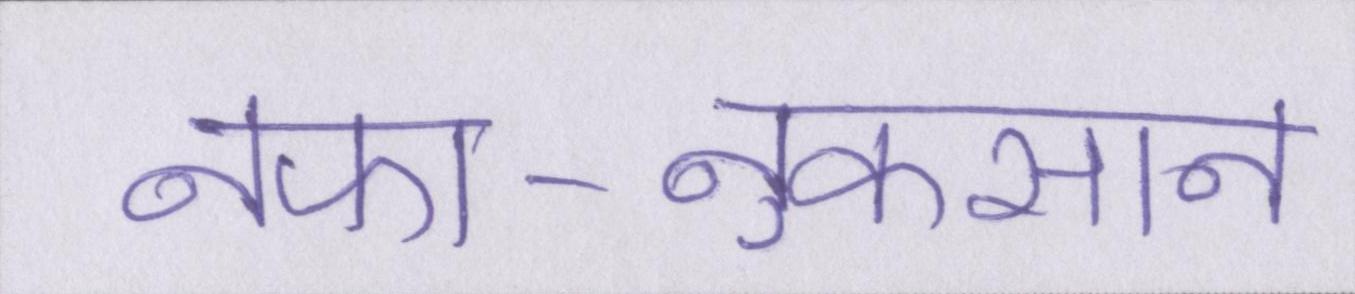
नफा-नुकसान